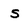
Character: s